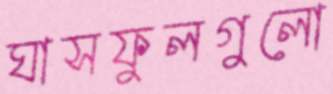
ঘাসফুলগুলো